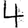
Digit: 4